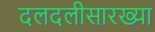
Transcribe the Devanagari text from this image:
दलदलीसारख्या